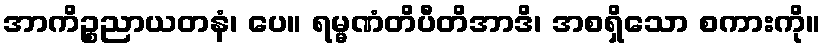
အာကိဉ္စညာယတနံ၊ ပေ။ ရမ္မဏံတိပီတိအာဒိ၊ အစရှိသော စကားကို။